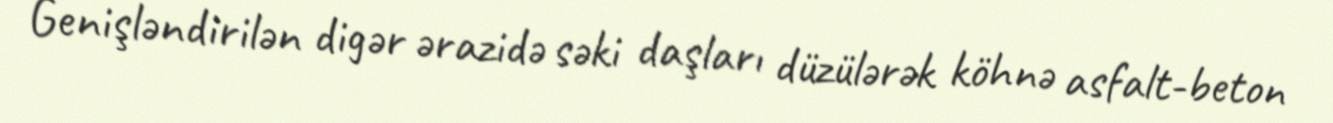
Genişləndirilən digər ərazidə səki daşları düzülərək köhnə asfalt-beton